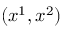
( x ^ { 1 } , x ^ { 2 } )